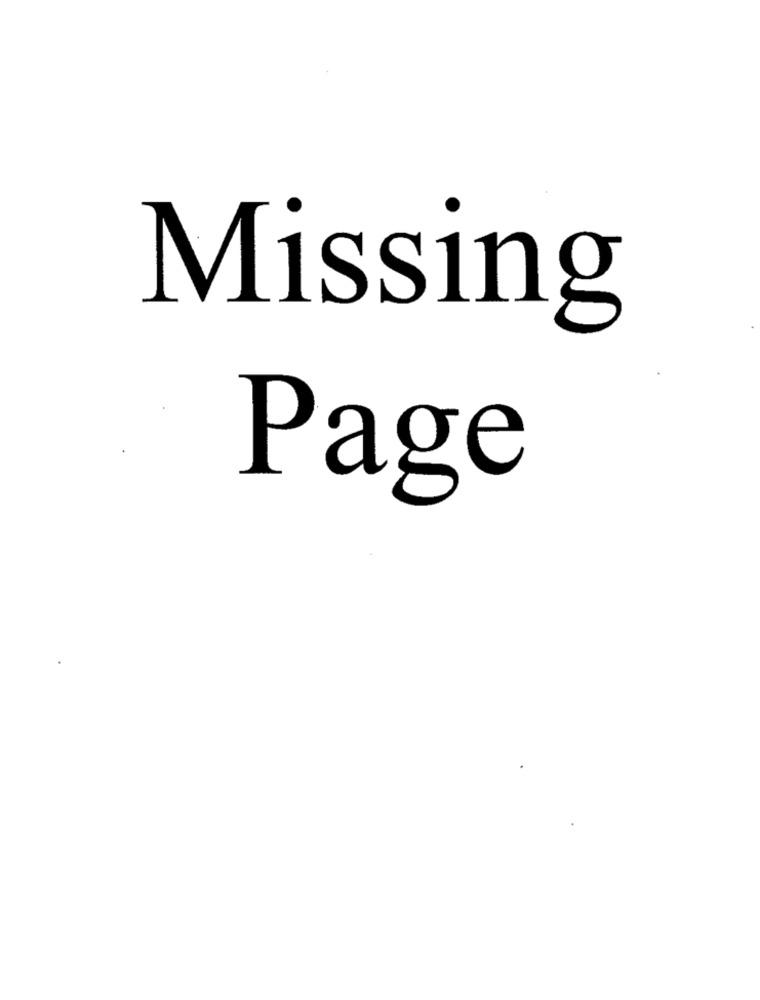
Missing
Page